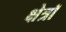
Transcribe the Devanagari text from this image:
क्षेत्रॉ